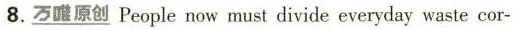
8. \underline{万唯原创} People now must divide everyday waste cor-